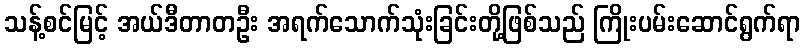
သန့်စင်မြင့် အယ်ဒီတာတဦး အရက်သောက်သုံးခြင်းတို့ဖြစ်သည် ကြိုးပမ်းဆောင်ရွက်ရာ